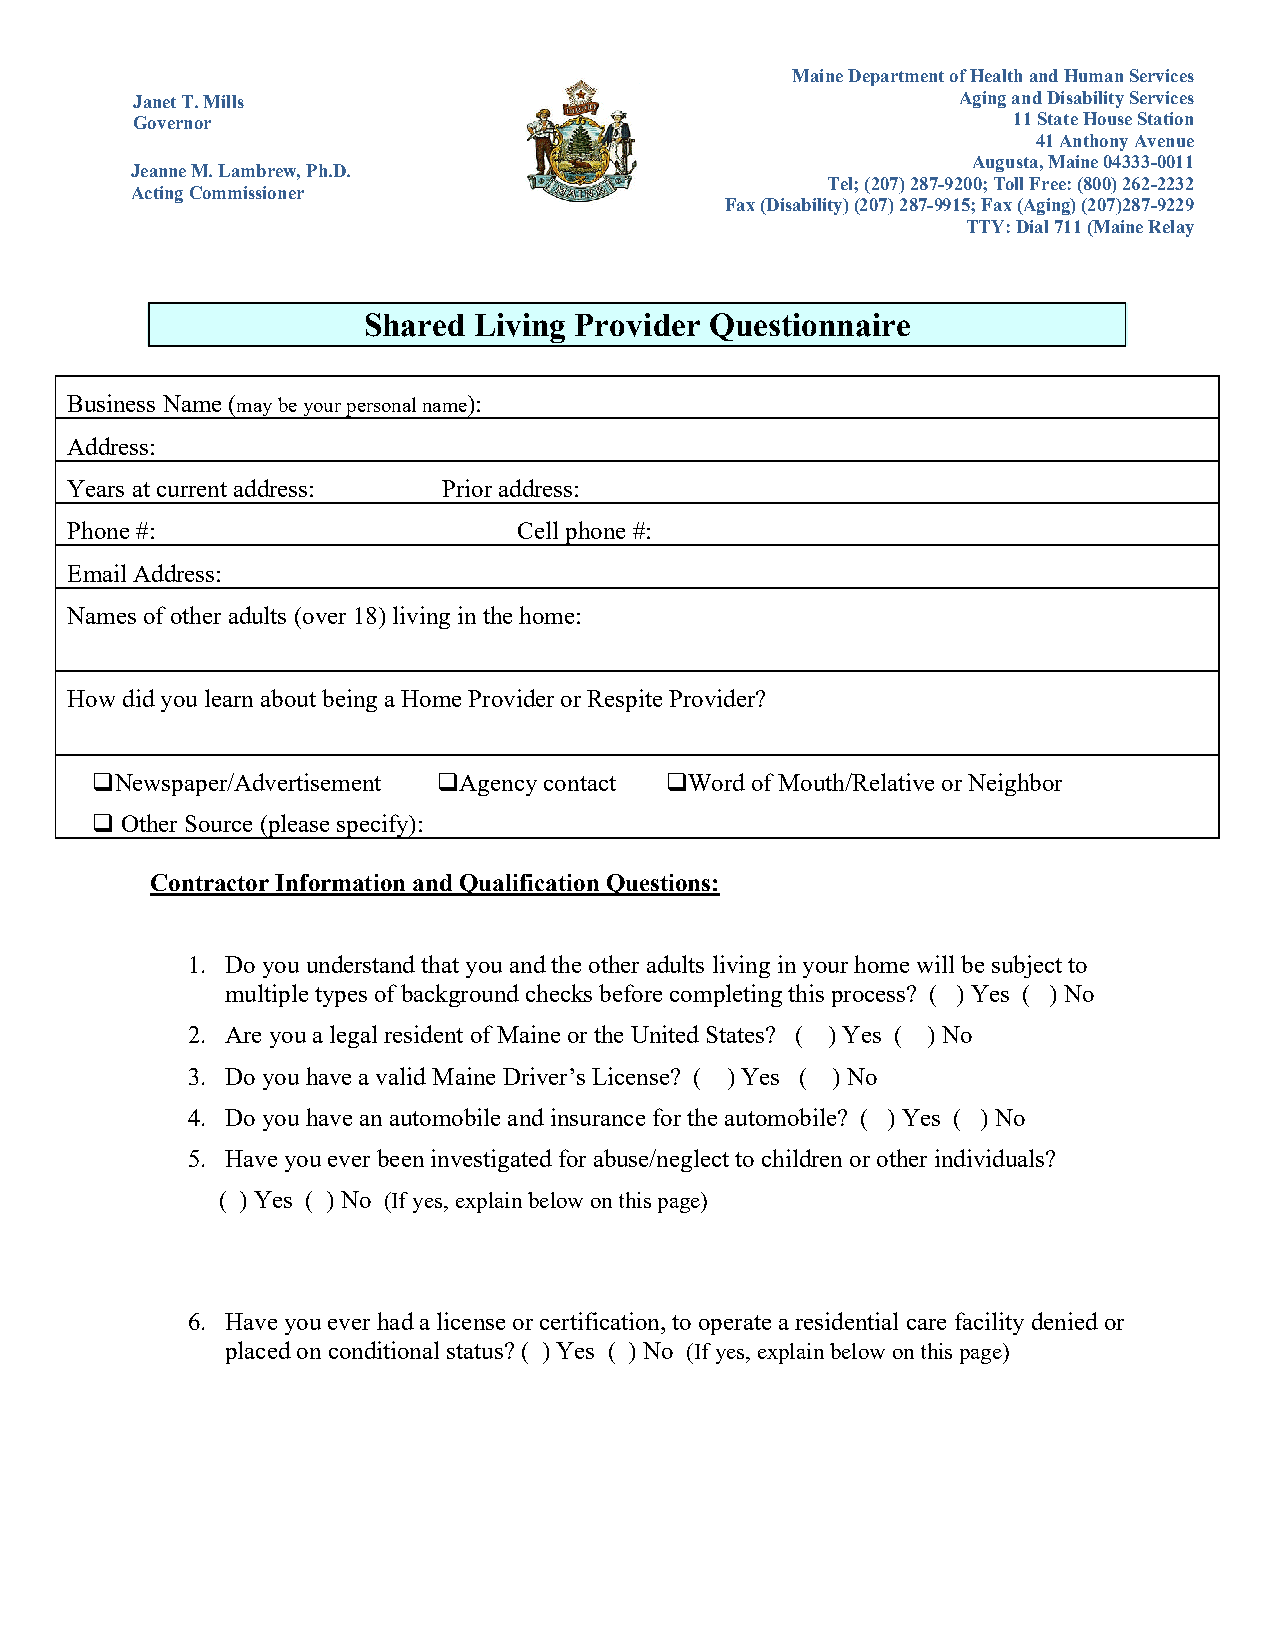
Maine Department of Health and Human Services
 Janet T. Mills                                         Aging and Disability Services
 Governor                                                  11 State House Station
 41 Anthony Avenue
 Augusta, Maine 04333-0011
 Jeanne M. Lambrew, Ph.D.
 Tel; (207) 287-9200; Toll Free: (800) 262-2232
 Acting Commissioner
 Fax (Disability) (207) 287-9915; Fax (Aging) (207)287-9229
 TTY: Dial 711 (Maine Relay
 Shared Living Provider Questionnaire
 Business Name (may be your personal name):
 Address:
 Years at current address: Prior address:
 Phone #:                      Cell phone #:
 Email Address:
 Names of other adults (over 18) living in the home:
 How did you learn about being a Home Provider or Respite Provider?
 Newspaper/Advertisement Agency contact Word of Mouth/Relative or Neighbor
 Other Source (please specify):
 Contractor Information and Qualification Questions:
 1. Do you understand that you and the other adults living in your home will be subject to
 multiple types of background checks before completing this process? ( ) Yes ( ) No
 2. Are you a legal resident of Maine or the United States? ( ) Yes ( ) No
 3. Do you have a valid Maine Driver’s License? ( ) Yes ( ) No
 4. Do you have an automobile and insurance for the automobile? ( ) Yes ( ) No
 5. Have you ever been investigated for abuse/neglect to children or other individuals?
 ( ) Yes ( ) No (If yes, explain below on this page)
 6. Have you ever had a license or certification, to operate a residential care facility denied or
 placed on conditional status? ( ) Yes ( ) No (If yes, explain below on this page)